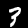
Digit: 3